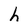
Character: h